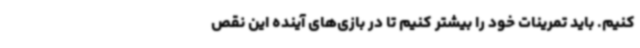
کنیم. باید تمرینات خود را بیشتر کنیم تا در بازی‌های آینده این نقص